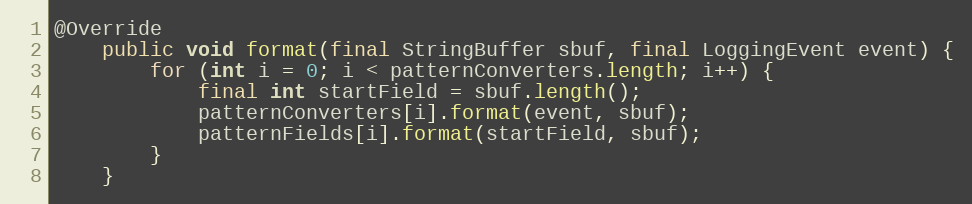
Language: Java
@Override
	public void format(final StringBuffer sbuf, final LoggingEvent event) {
		for (int i = 0; i < patternConverters.length; i++) {
			final int startField = sbuf.length();
			patternConverters[i].format(event, sbuf);
			patternFields[i].format(startField, sbuf);
		}
	}